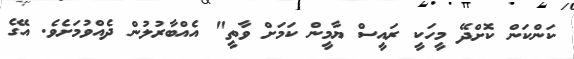
ކަންކަން ކޮށްދޭ މީހަކީ ރައީސް ޔާމީން ކަމަށް ވާތީ" އެއްބާރުލުން ދެއްވުމަށެވެ. އޭގެ